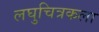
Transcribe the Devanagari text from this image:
लघुचित्रकला